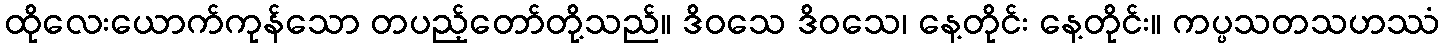
ထိုလေးယောက်ကုန်သော တပည့်တော်တို့သည်။ ဒိဝသေ ဒိဝသေ၊ နေ့တိုင်း နေ့တိုင်း။ ကပ္ပသတသဟဿံ